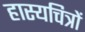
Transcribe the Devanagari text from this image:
हास्यचित्रों